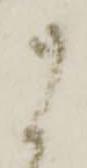
に